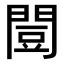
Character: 𫔡